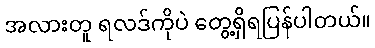
အလားတူ ရလဒ်ကိုပဲ တွေ့ရှိရပြန်ပါတယ်။